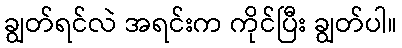
ချွတ်ရင်လဲ အရင်းက ကိုင်ပြီး ချွတ်ပါ။